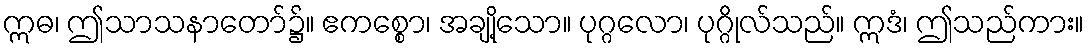
ဣဓ၊ ဤသာသနာတော်၌။ ဧကစ္စော၊ အချို့သော။ ပုဂ္ဂလော၊ ပုဂ္ဂိုလ်သည်။ ဣဒံ၊ ဤသည်ကား။